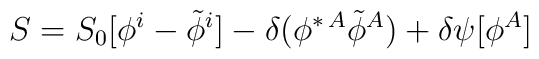
S = S_0 [\phi^i -\tilde \phi^i ] - \delta (\phi^{\ast\,A}\tilde \phi^A ) + \delta \psi [\phi^A]